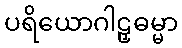
ပရိယောဂါဠှဓမ္မာ